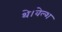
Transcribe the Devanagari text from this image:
थे।वेल्श